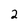
Character: 2